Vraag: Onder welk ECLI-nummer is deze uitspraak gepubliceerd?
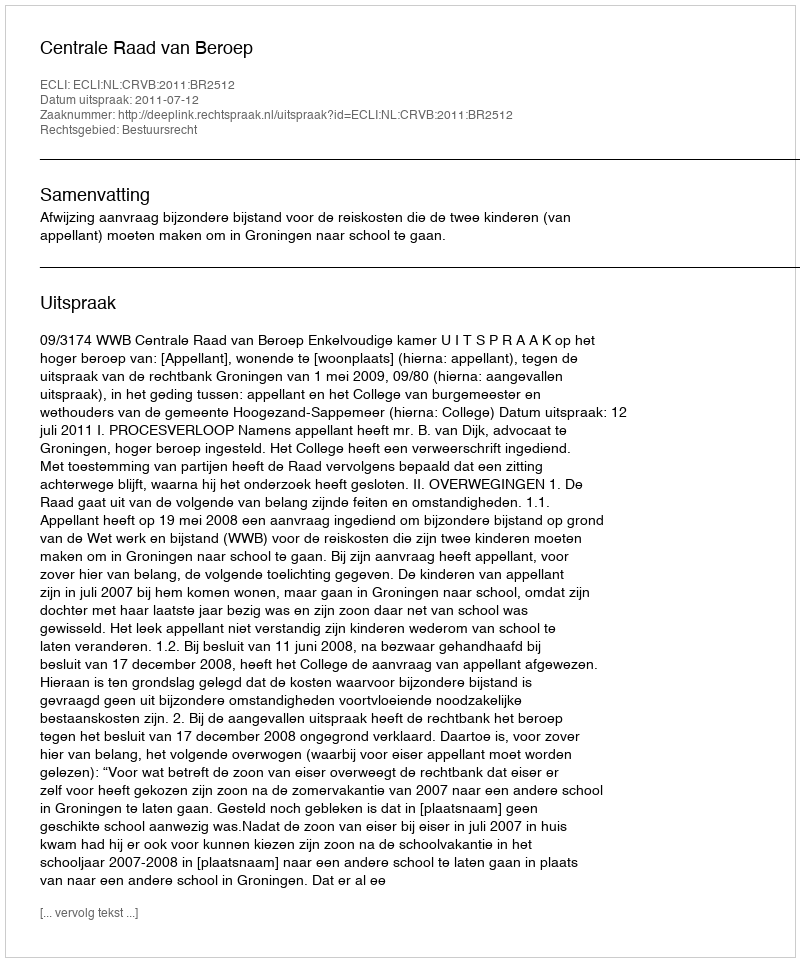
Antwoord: ECLI:NL:CRVB:2011:BR2512